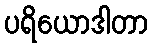
ပရိယောဒါတာ